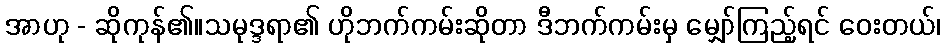
အာဟု - ဆိုကုန်၏။သမုဒ္ဒရာ၏ ဟိုဘက်ကမ်းဆိုတာ ဒီဘက်ကမ်းမှ မျှော်ကြည့်ရင် ဝေးတယ်၊